system: You are a helpful assistant.
user:
Analyze the provided spectrum to determine if it is a **"Cataclysmic Variables (CV)"**.

- **Key Indicators for CV (Check for either state):**
    - **State 1: Quiescent / Low-State (Emission-Dominated)**
        - **(Primary):** Strong and *very broad* Hydrogen Balmer emission lines (e.g., $H\alpha$ at 6563 Å, $H\beta$ at 4861 Å). The 'broadness' (high velocity dispersion, often FWHM > 1000 km/s) is the key diagnostic, indicating a high-velocity accretion disk.
        - **(Secondary):** Broad neutral Helium (He I) emission lines (e.g., 5876 Å, 6678 Å).
        - **(Key Confirmation):** Presence of high-excitation *ionized* Helium (He II) emission at 4686 Å. This is a strong indicator of accretion onto a white dwarf.
        - **(Line Profile):** Emission lines may exhibit a 'double-peaked' profile, which is a classic signature of a rotating accretion disk viewed at high inclination.

    - **State 2: Outburst / High-State (Absorption-Dominated)**
        - **(Primary):** Spectrum is dominated by a bright, blue continuum (looks like a hot star).
        - **(Secondary):** The emission lines from State 1 are weak, absent, or 'filled in', and are replaced by broad, shallow *absorption* lines (primarily Balmer and He I).
        - **(Morphology):** The overall spectrum mimics a hot B/A-type star. The crucial difference is that the absorption lines are significantly broader, shallower, and more 'washed-out' (or 'smeared') than the sharp lines of a normal stellar photosphere, due to high rotational speeds and pressure broadening in the disk.

Think first, call **spectral_visualization_tool** if needed to examine features in detail, then provide your final answer. Your response must adhere to the following strict rules:
1.  **Overall Structure:** Your response must follow the format `<think>...</think> <tool_call>...</tool_call> (if a tool is used) <answer>...</answer>`.
2.  **Tool Usage Constraint:** You may only make **one** tool call per turn.
3.  **Final Answer Format:** In the `<answer>` tag, your conclusion must be inside a `\boxed{}` command (e.g., `\boxed{YES}`), followed by your justification.

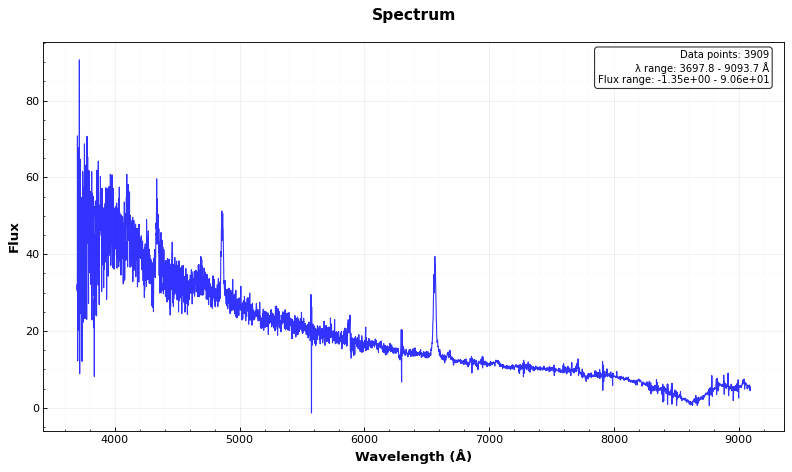
Answer: YES